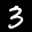
Label: 3